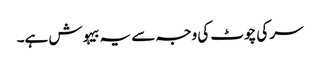
سر کی چوٹ کی وجہ سے یہ بیہوش ہے۔